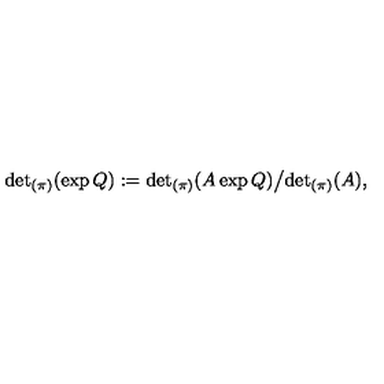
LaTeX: { \det } _ { ( \pi ) } ( \exp Q ) : = { \det } _ { ( \pi ) } ( A \exp Q ) \big / { \det } _ { ( \pi ) } ( A ) ,